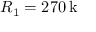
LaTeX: R _ { 1 } = 2 7 0 \, \mathrm { k \Omega }